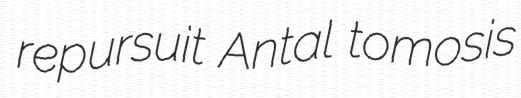
repursuit Antal tomosis